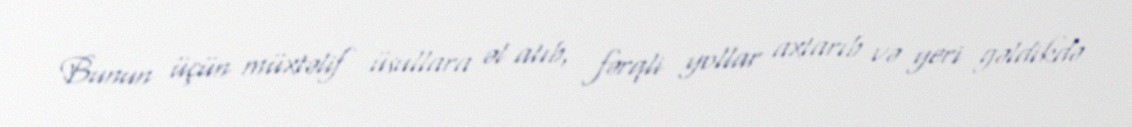
Bunun üçün müxtəlif üsullara əl atıb, fərqli yollar axtarıb və yeri gəldikdə